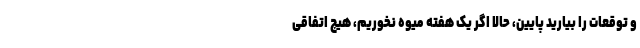
و توقعات را بیارید پایین، حالا اگر یک هفته میوه نخوریم، هیچ اتفاقی